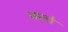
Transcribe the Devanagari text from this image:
नातो